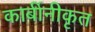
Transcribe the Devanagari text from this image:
कार्बीनीकृत